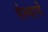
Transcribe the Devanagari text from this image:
पेल्याचे